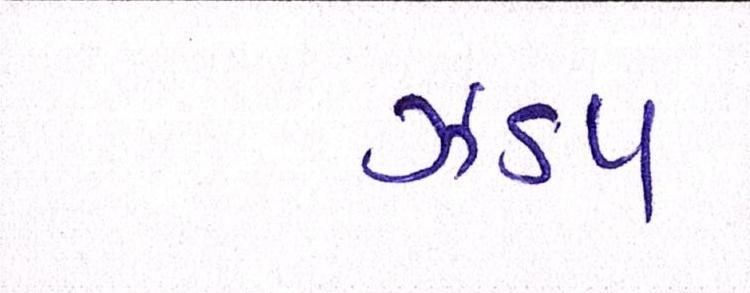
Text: ઝડપ